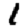
Digit: 1